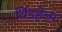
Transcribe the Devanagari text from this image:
विंडहेल्म